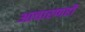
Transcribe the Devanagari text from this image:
आचारणही